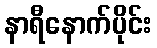
နာရီနောက်ပိုင်း